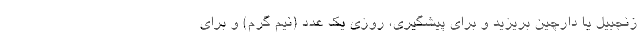
زنجبیل یا دارچین بریزید و برای پیشگیری، روزی یک عدد (نیم گرم) و برای